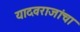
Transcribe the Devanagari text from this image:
यादवराजांचा